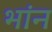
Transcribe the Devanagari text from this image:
भांन